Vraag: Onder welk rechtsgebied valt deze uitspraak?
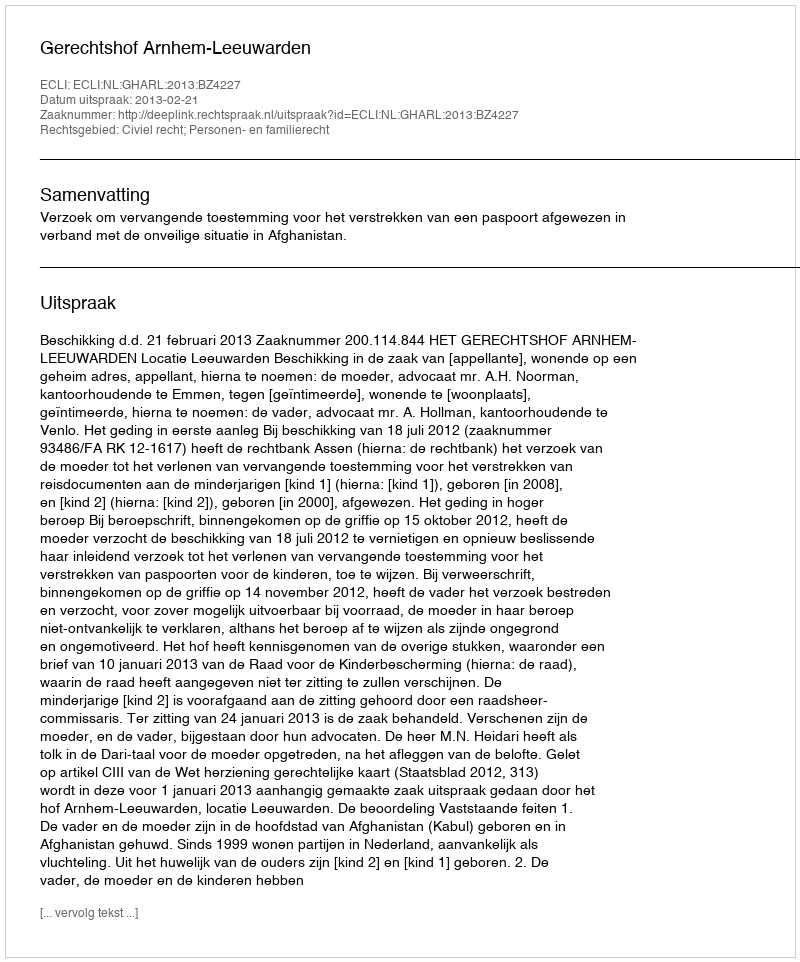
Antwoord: Civiel recht; Personen- en familierecht